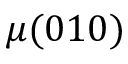
\mu ( 0 1 0 )